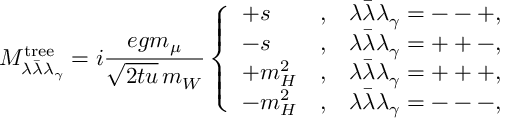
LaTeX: { \cal M } _ { \lambda \bar { \lambda } \lambda _ { \gamma } } ^ { \mathrm { t r e e } } = i \frac { e g m _ { \mu } } { \sqrt { \displaystyle 2 t u } \, m _ { W } } \left\{ \begin{array} { l c l } { { + s } } & { { , } } & { { \lambda \bar { \lambda } \lambda _ { \gamma } = -- + , } } \\ { { - s } } & { { , } } & { { \lambda \bar { \lambda } \lambda _ { \gamma } = + + - , } } \\ { { + m _ { H } ^ { 2 } } } & { { , } } & { { \lambda \bar { \lambda } \lambda _ { \gamma } = + + + , } } \\ { { - m _ { H } ^ { 2 } } } & { { , } } & { { \lambda \bar { \lambda } \lambda _ { \gamma } = --- , } } \end{array} \right. \,